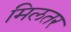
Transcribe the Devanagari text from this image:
मिलतर